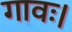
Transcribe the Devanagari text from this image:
गावः।